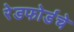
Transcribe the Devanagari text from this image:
रेडफोर्डचे